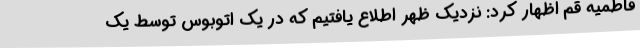
فاطمیه قم اظهار کرد: نزدیک ظهر اطلاع یافتیم که در یک اتوبوس توسط یک